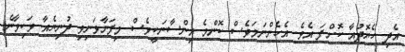
އެދި ހެޔޮދުއާ ކޮށްފަ އެވެ. އެހެންނަމަވެސް ކޮންމެ އިންސާނަކީވެސް މިފަނާވަނިވި ދުނިޔެއާ ވަކިވާނެ